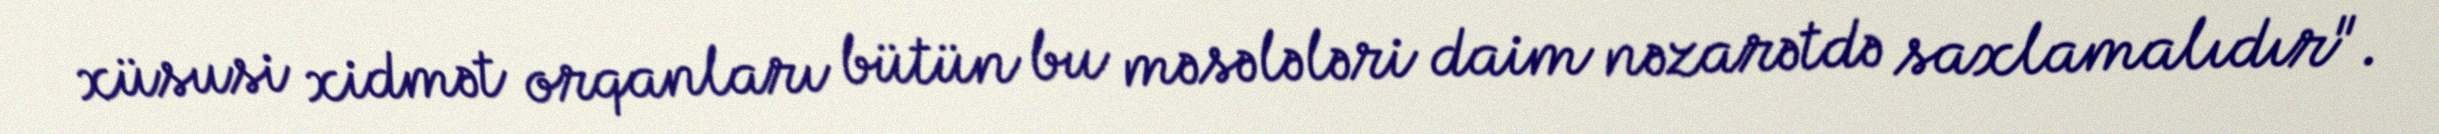
xüsusi xidmət orqanları bütün bu məsələləri daim nəzarətdə saxlamalıdır".